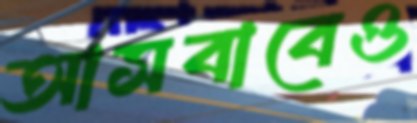
আসবাবেও